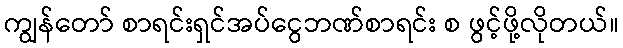
ကျွန်တော် စာရင်းရှင်အပ်ငွေဘဏ်စာရင်း စ ဖွင့်ဖို့လိုတယ်။